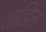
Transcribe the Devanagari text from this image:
ताडिल